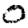
Digit: 0